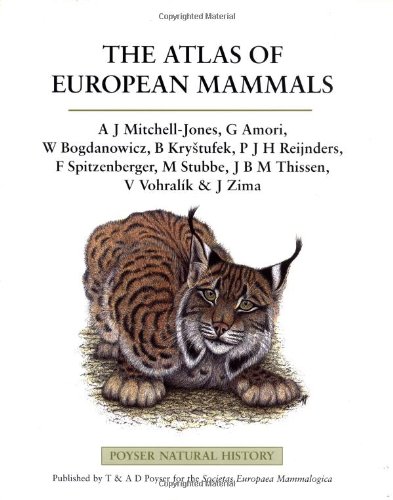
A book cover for The Atlas of European Mammals (Poyser Natural History); A. J. Mitchell-Jones; Sports & Outdoors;